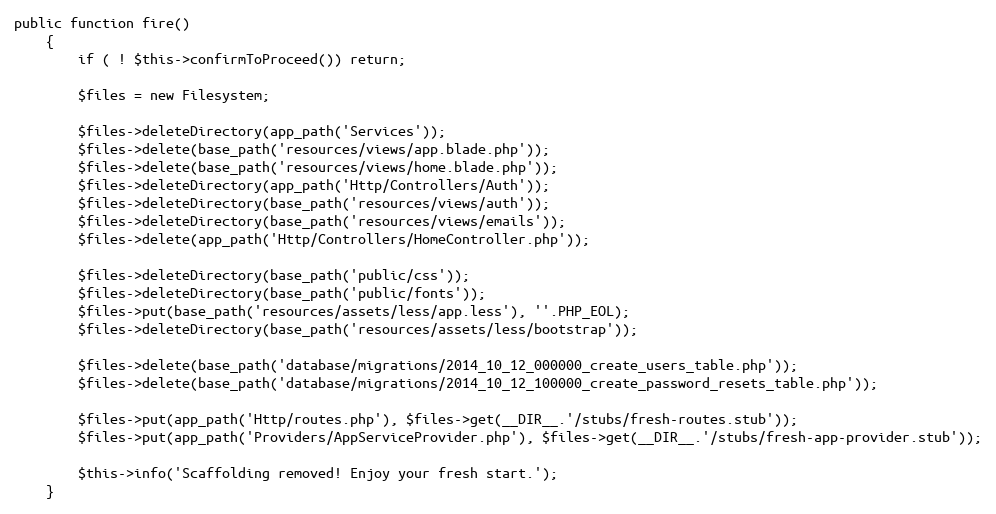
Language: PHP
public function fire()
	{
		if ( ! $this->confirmToProceed()) return;

		$files = new Filesystem;

		$files->deleteDirectory(app_path('Services'));
		$files->delete(base_path('resources/views/app.blade.php'));
		$files->delete(base_path('resources/views/home.blade.php'));
		$files->deleteDirectory(app_path('Http/Controllers/Auth'));
		$files->deleteDirectory(base_path('resources/views/auth'));
		$files->deleteDirectory(base_path('resources/views/emails'));
		$files->delete(app_path('Http/Controllers/HomeController.php'));

		$files->deleteDirectory(base_path('public/css'));
		$files->deleteDirectory(base_path('public/fonts'));
		$files->put(base_path('resources/assets/less/app.less'), ''.PHP_EOL);
		$files->deleteDirectory(base_path('resources/assets/less/bootstrap'));

		$files->delete(base_path('database/migrations/2014_10_12_000000_create_users_table.php'));
		$files->delete(base_path('database/migrations/2014_10_12_100000_create_password_resets_table.php'));

		$files->put(app_path('Http/routes.php'), $files->get(__DIR__.'/stubs/fresh-routes.stub'));
		$files->put(app_path('Providers/AppServiceProvider.php'), $files->get(__DIR__.'/stubs/fresh-app-provider.stub'));

		$this->info('Scaffolding removed! Enjoy your fresh start.');
	}